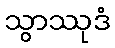
သွာဿုဒံ